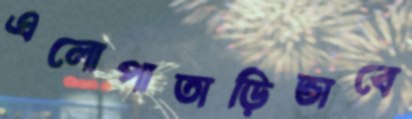
এলোপাতাড়িভাবে